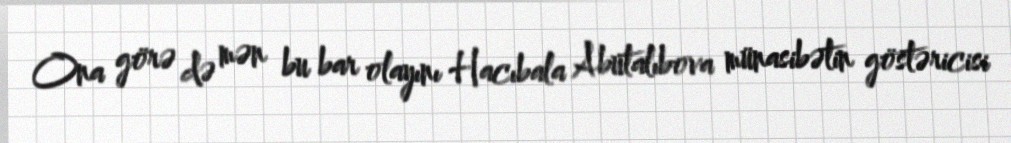
Ona görə də mən bu bar olayını Hacıbala Abutalıbova münasibətin göstəricisi